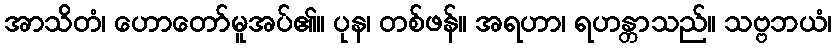
အာသိတံ၊ ဟောတော်မူအပ်၏။ ပုန၊ တစ်ဖန်။ အရဟာ၊ ရဟန္တာသည်။ သဗ္ဗဘယံ၊